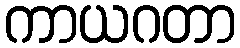
ကာယဂတာ